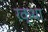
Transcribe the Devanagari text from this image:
रक्था